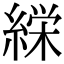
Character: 𮈰